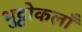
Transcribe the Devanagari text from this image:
भुट्टोकलाँ